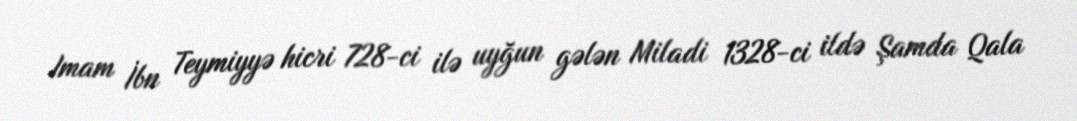
Imam İbn Teymiyyə hicri 728-ci ilə uyğun gələn Miladi 1328-ci ildə Şamda Qala